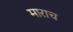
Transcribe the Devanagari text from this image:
माराच